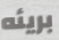
بريئه